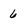
Character: 6